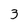
Character: 3